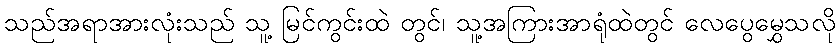
သည်အရာအားလုံးသည် သူ့ မြင်ကွင်းထဲ တွင်၊ သူ့အကြားအာရုံထဲတွင် လေပွေမွှေသလို